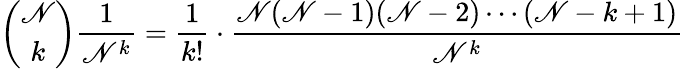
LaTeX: {\binom{\mathscr{N}}{k}}{\frac{{1}}{{\mathscr{N}^{k}}}}={\frac{{1}}{{k!}}}\cdot{\frac{{\mathscr{N}(\mathscr{N}-1)(\mathscr{N}-2)\cdots(\mathscr{N}-k+1)}}{{\mathscr{N}^{k}}}}